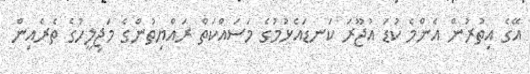
އޭގެ އިތުރުން އެންމެ ކުޑަ އުޖޫރަ ކަނޑައެޅުމުގެ މަސައްކަތް ރައްޔިތުންގެ މަޖިލީހުގެ ތެރެއިން